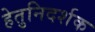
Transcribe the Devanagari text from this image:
हेतुनिदर्शक